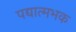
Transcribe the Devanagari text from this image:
पद्यात्मभक